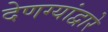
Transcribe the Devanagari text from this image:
देणग्यांद्वारे